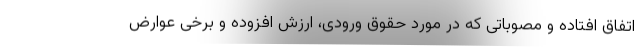
اتفاق افتاده و مصوباتی که در مورد حقوق ورودی، ارزش افزوده و برخی عوارض